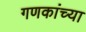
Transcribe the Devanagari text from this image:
गणकांच्या